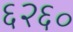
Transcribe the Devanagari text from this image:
६२६०